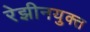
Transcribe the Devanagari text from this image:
रेझीनयुक्त